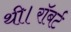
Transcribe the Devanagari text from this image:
थी।रॉबर्ट